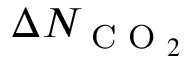
\Delta N _ { \textup { C O } _ { 2 } }